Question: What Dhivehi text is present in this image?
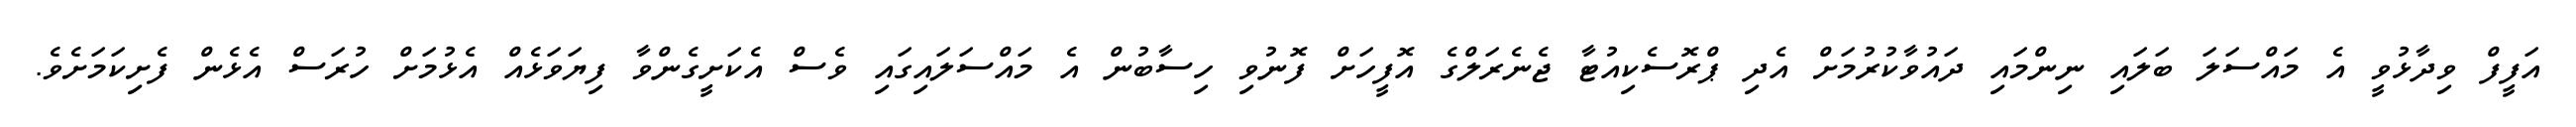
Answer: އަފީފް ވިދާޅުވީ އެ މައްސަލަ ބަލައި ނިންމައި ދައުވާކުރުމަށް އެދި ޕްރޮސެކިއުޓާ ޖެނެރަލްގެ އޮފީހަށް ފޮނުވި ހިސާބުން އެ މައްސަލައިގައި ވެސް އެކަށީގެންވާ ފިޔަވަޅެއް އެޅުމަށް ހުރަސް އެޅެން ފެށިކަމަށެވެ.